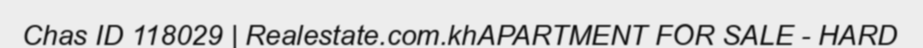
Chas ID 118029 | Realestate.com.khAPARTMENT FOR SALE - HARD